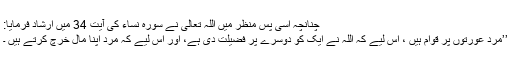
چنانچہ اسی پس منظر میں اللہ تعالیٰ نے سورہ نساء کی آیت 34 میں ارشاد فرمایا:
’’مرد عورتوں پر قوام ہیں ، اِس لیے کہ اللہ نے ایک کو دوسرے پر فضیلت دی ہے، اور اِس لیے کہ مرد اپنا مال خرچ کرتے ہیں ۔